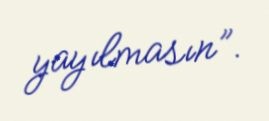
yayılmasın”.